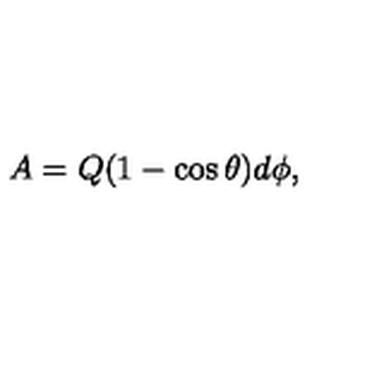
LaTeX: A = Q ( 1 - \cos \theta ) d \phi ,